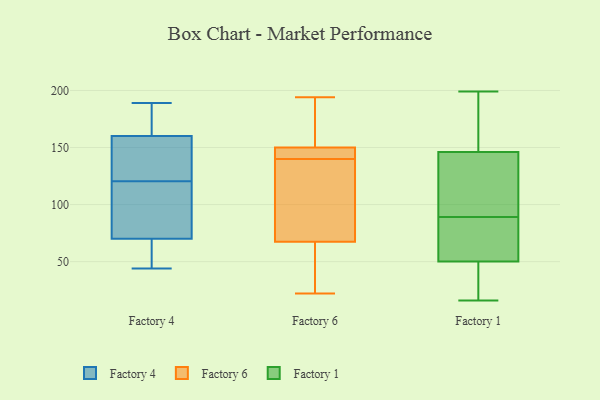
{"axis": {"x": "Operating Costs (USD K)", "y": "Value"}, "legend": ["Factory 1", "Factory 4", "Factory 6"], "data": [{"x": "", "y": 160, "type": "Factory 4"}, {"x": "", "y": 44, "type": "Factory 4"}, {"x": "", "y": 189, "type": "Factory 4"}, {"x": "", "y": 136, "type": "Factory 4"}, {"x": "", "y": 47, "type": "Factory 4"}, {"x": "", "y": 132, "type": "Factory 4"}, {"x": "", "y": 91, "type": "Factory 4"}, {"x": "", "y": 166, "type": "Factory 4"}, {"x": "", "y": 74, "type": "Factory 4"}, {"x": "", "y": 109, "type": "Factory 4"}, {"x": "", "y": 151, "type": "Factory 4"}, {"x": "", "y": 70, "type": "Factory 4"}, {"x": "", "y": 67, "type": "Factory 4"}, {"x": "", "y": 187, "type": "Factory 4"}, {"x": "", "y": 148, "type": "Factory 6"}, {"x": "", "y": 138, "type": "Factory 6"}, {"x": "", "y": 59, "type": "Factory 6"}, {"x": "", "y": 182, "type": "Factory 6"}, {"x": "", "y": 168, "type": "Factory 6"}, {"x": "", "y": 25, "type": "Factory 6"}, {"x": "", "y": 142, "type": "Factory 6"}, {"x": "", "y": 22, "type": "Factory 6"}, {"x": "", "y": 61, "type": "Factory 6"}, {"x": "", "y": 194, "type": "Factory 6"}, {"x": "", "y": 146, "type": "Factory 6"}, {"x": "", "y": 152, "type": "Factory 6"}, {"x": "", "y": 123, "type": "Factory 6"}, {"x": "", "y": 74, "type": "Factory 6"}, {"x": "", "y": 92, "type": "Factory 6"}, {"x": "", "y": 147, "type": "Factory 6"}, {"x": "", "y": 115, "type": "Factory 1"}, {"x": "", "y": 47, "type": "Factory 1"}, {"x": "", "y": 38, "type": "Factory 1"}, {"x": "", "y": 187, "type": "Factory 1"}, {"x": "", "y": 146, "type": "Factory 1"}, {"x": "", "y": 26, "type": "Factory 1"}, {"x": "", "y": 16, "type": "Factory 1"}, {"x": "", "y": 108, "type": "Factory 1"}, {"x": "", "y": 90, "type": "Factory 1"}, {"x": "", "y": 178, "type": "Factory 1"}, {"x": "", "y": 58, "type": "Factory 1"}, {"x": "", "y": 99, "type": "Factory 1"}, {"x": "", "y": 53, "type": "Factory 1"}, {"x": "", "y": 50, "type": "Factory 1"}, {"x": "", "y": 70, "type": "Factory 1"}, {"x": "", "y": 150, "type": "Factory 1"}, {"x": "", "y": 88, "type": "Factory 1"}, {"x": "", "y": 199, "type": "Factory 1"}]}